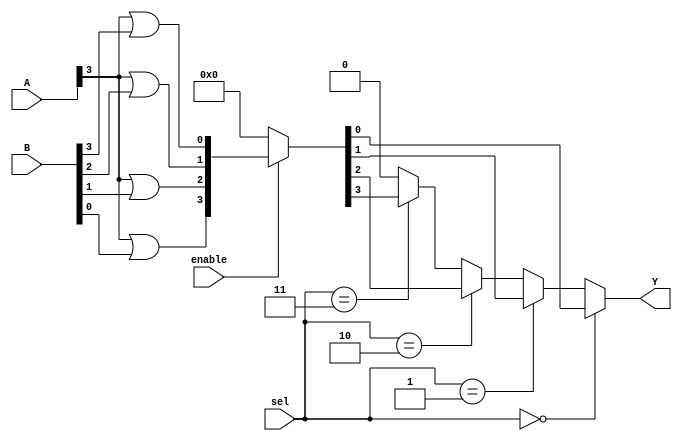
module CLB (
    input wire [3:0] A,         // 4-bit input
    input wire [3:0] B,         // 4-bit input
    input wire [1:0] sel,       // Selector for multiplexer
    input wire enable,           // Enable signal for logic cells
    output wire Y               // Output
);

// Internal signals
wire [15:0] lut_output;        // LUT outputs for 4-input LUTs
wire [3:0] mux_output;         // MUX outputs from logic cells

// Logic Cell 1: 4-input LUT
function [15:0] lut1;
    input [3:0] A;
    input [3:0] B;
    begin
        // Example truth table for LUT1 (AND operation)
        lut1 = {A[0] & B[0], A[0] & B[1], A[0] & B[2], A[0] & B[3],
                 A[1] & B[0], A[1] & B[1], A[1] & B[2], A[1] & B[3],
                 A[2] & B[0], A[2] & B[1], A[2] & B[2], A[2] & B[3],
                 A[3] & B[0], A[3] & B[1], A[3] & B[2], A[3] & B[3]};
    end
endfunction

// Logic Cell 2: 4-input LUT
function [15:0] lut2;
    input [3:0] A;
    input [3:0] B;
    begin
        // Example truth table for LUT2 (OR operation)
        lut2 = {A[0] | B[0], A[0] | B[1], A[0] | B[2], A[0] | B[3],
                 A[1] | B[0], A[1] | B[1], A[1] | B[2], A[1] | B[3],
                 A[2] | B[0], A[2] | B[1], A[2] | B[2], A[2] | B[3],
                 A[3] | B[0], A[3] | B[1], A[3] | B[2], A[3] | B[3]};
    end
endfunction

// Generate LUT outputs based on inputs
assign lut_output = {lut1(A, B), lut2(A, B)};

// MUX to select output from LUTs based on control signal
assign mux_output = (enable) ? lut_output[3:0] : 4'b0000; // Select first 4 outputs if enabled

// Final output
assign Y = (sel == 2'b00) ? mux_output[0] :
           (sel == 2'b01) ? mux_output[1] :
           (sel == 2'b10) ? mux_output[2] :
           (sel == 2'b11) ? mux_output[3] : 1'b0;

endmodule